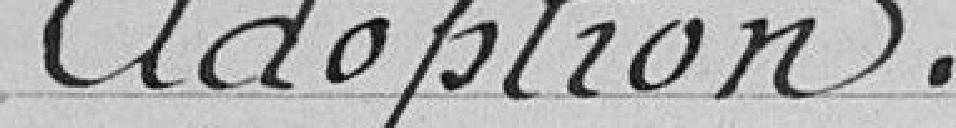
Adoption.